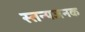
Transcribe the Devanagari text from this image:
स्तन्यजनक